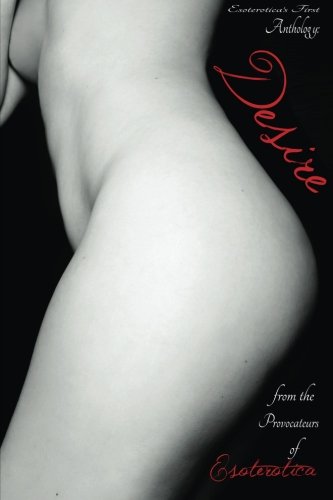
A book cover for Esoterotica's First Anthology: Desire; From the Provocateurs of Esoterotica; Romance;